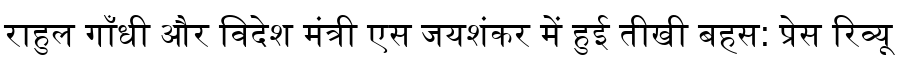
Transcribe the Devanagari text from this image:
राहुल गाँधी और विदेश मंत्री एस जयशंकर में हुई तीखी बहस: प्रेस रिव्यू